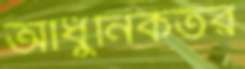
আধুনিকতর